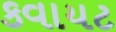
કવાયટ